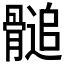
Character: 𩪀